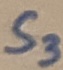
Text: S3